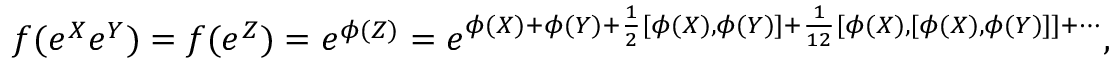
f ( e ^ { X } e ^ { Y } ) = f ( e ^ { Z } ) = e ^ { \phi ( Z ) } = e ^ { \phi ( X ) + \phi ( Y ) + { \frac { 1 } { 2 } } [ \phi ( X ) , \phi ( Y ) ] + { \frac { 1 } { 1 2 } } [ \phi ( X ) , [ \phi ( X ) , \phi ( Y ) ] ] + \cdots } ,